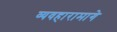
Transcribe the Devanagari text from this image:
व्यवहारामागे